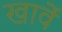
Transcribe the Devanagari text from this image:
खावें